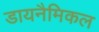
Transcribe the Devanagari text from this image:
डायनैमिकल